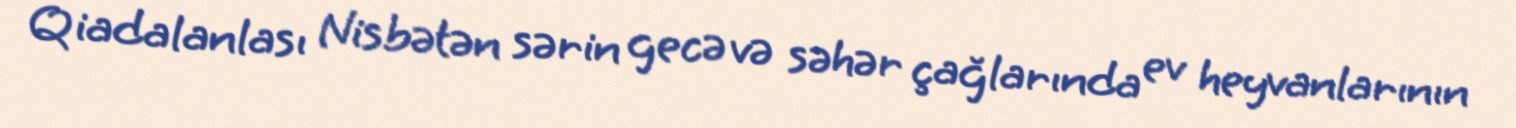
Qiadalanlası Nisbətən sərin gecə və səhər çağlarında ev heyvanlarının